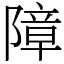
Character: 障